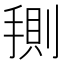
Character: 𭡤